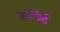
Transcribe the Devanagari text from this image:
४३५६